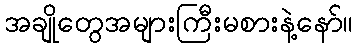
အချိုတွေအများကြီးမစားနဲ့နော်။